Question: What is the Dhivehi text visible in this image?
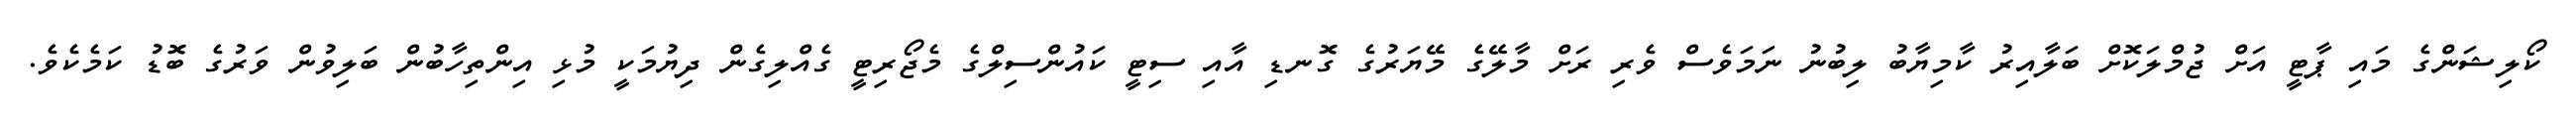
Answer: ކޯލިޝަންގެ މައި ޕާޓީ އަށް ޖުމްލަކޮށް ބަލާއިރު ކާމިޔާބު ލިބުނު ނަމަވެސް ވެރި ރަށް މާލޭގެ މޭޔަރުގެ ގޮނޑި އާއި ސިޓީ ކައުންސިލްގެ މެޖޯރިޓީ ގެއްލިގެން ދިޔުމަކީ މުޅި އިންތިހާބުން ބަލިވުން ވަރުގެ ބޮޑު ކަމެކެވެ.